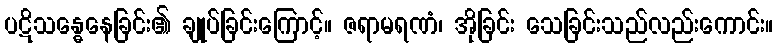
ပဋိသန္ဓေနေခြင်း၏ ချုပ်ခြင်းကြောင့်။ ဇရာမရဏံ၊ အိုခြင်း သေခြင်းသည်လည်းကောင်း။